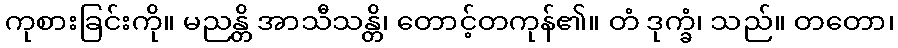
ကုစားခြင်းကို။ မညန္တိ အာသီသန္တိ၊ တောင့်တကုန်၏။ တံ ဒုက္ခံ၊ သည်။ တတော၊